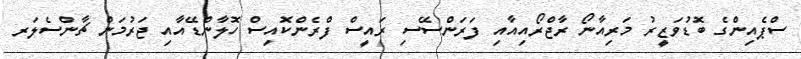
ސްޕެއިންގެ ބޮޑުވަޒީރު މަރިއާނޯ ރާޖްރޯއިއާއި ފަރަންސޭސި ރައީސް ފްރެންކޮއިސް ހޮލާންޑޭއާއި ޖަރުމަން ޗާންސެލަރ